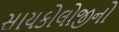
સાયકોલોજીનો